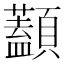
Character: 𩕭